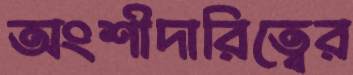
অংশীদারিত্বের